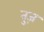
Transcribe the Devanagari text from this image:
तुज़